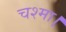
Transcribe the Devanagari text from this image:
चश्मा।